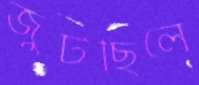
জুটছিলে